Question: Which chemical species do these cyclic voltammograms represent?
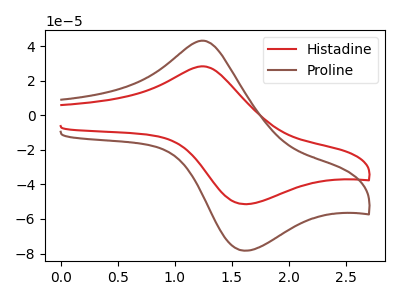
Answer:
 <answer>The red curve is labeled "Histadine". The brown curve is labeled "Proline".</answer>
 <eval></eval>